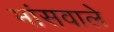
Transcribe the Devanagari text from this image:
मांसवाले